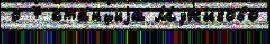
о 7 ста́нциjа Мужиково